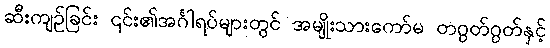
ဆီးကျဉ်ခြင်း ၎င်း၏အင်္ဂါရပ်များတွင် အမျိုးသားကော်မ တဂွတ်ဂွတ်နှင့်